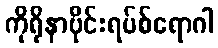
ကိုရိုနာဗိုင်းရပ်စ်ရောဂါ